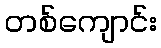
တစ်ကျောင်း